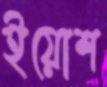
ইয়োশ